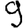
Digit: 9